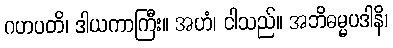
ဂဟပတိ၊ ဒါယကာကြီး။ အဟံ၊ ငါသည်။ အဘိဓမ္မပဒါနိ၊